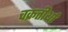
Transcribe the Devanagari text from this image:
चक्रतीर्था